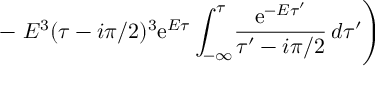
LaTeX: - \left. E ^ { 3 } ( \tau - i \pi / 2 ) ^ { 3 } \mathrm { e } ^ { E \tau } \int _ { - \infty } ^ { \tau } \! \frac { \mathrm { e } ^ { - E \tau ^ { \prime } } } { \tau ^ { \prime } - i \pi / 2 } \, d \tau ^ { \prime } \right)